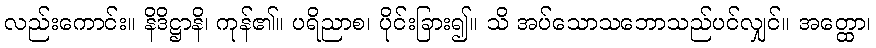
လည်းကောင်း။ နိဒိဋ္ဌာနိ၊ ကုန်၏။ ပရိညာစ၊ ပိုင်းခြား၍။ သိ အပ်သောသဘောသည်ပင်လျှင်။ အတ္ထော၊